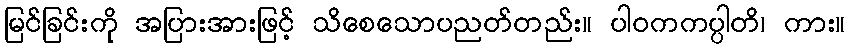
မြင်ခြင်းကို အပြားအားဖြင့် သိစေသောပညတ်တည်း။ ပါဝကကပ္ပါတိ၊ ကား။